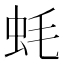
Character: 蚝